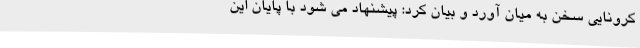
کرونایی سخن به میان آورد و بیان کرد: پیشنهاد می شود با پایان این